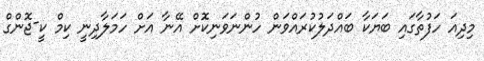
މިދިއަ ހަފުތާގައި ބަޔަކާ ބައްދަލުކުރައްވަން ހުންނަވަނިކޮށް އޭނާ އަށް ހަމަލާދިނީ ކިމް ކީ-ޖޮންގް